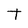
Character: t